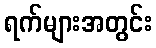
ရက်များအတွင်း